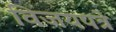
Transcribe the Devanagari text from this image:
विजयपत्रे